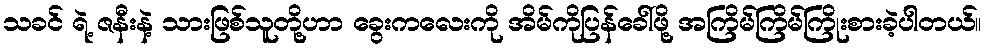
သခင် ရဲ့ ဇနီးနဲ့ သားဖြစ်သူတို့ဟာ ခွေးကလေးကို အိမ်ကိုပြန်ခေါ်ဖို့ အကြိမ်ကြိမ်ကြိုးစားခဲ့ပါတယ်။